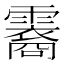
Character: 𬰏